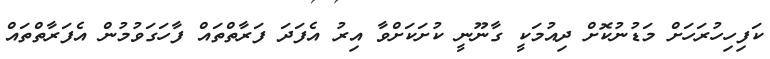
ކަފިހިހުރަހަށް މަޑުނުކޮށް ދިއުމަކީ ގާނޫނީ ކުށަކަށްވާ އިރު އެފަދަ ފަރާތްތައް ފާހަގަވުމުން އެފަރާތްތައް